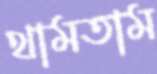
থামতাম